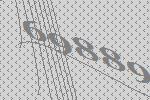
69889